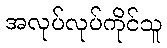
အလုပ်လုပ်ကိုင်သူ